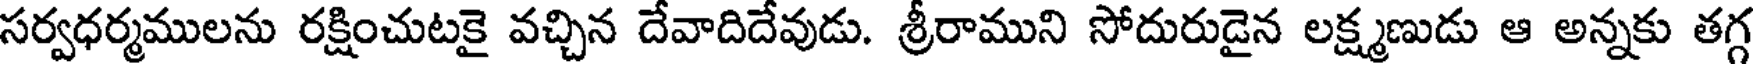
సర్వధర్మములను రక్షించుటకై వచ్చిన దేవాదిదేవుడు. శ్రీరాముని సోదురుడైన లక్ష్మణుడు ఆ అన్నకు తగ్గ